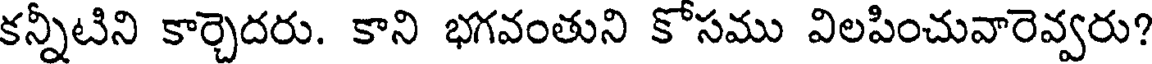
కన్నీటిని కార్చెదరు. కాని భగవంతుని కోసము విలపించువారెవ్వరు?